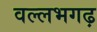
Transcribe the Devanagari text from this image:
वल्लभगढ़